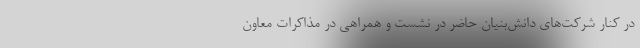
در کنار شرکت‌های دانش‌بنیان حاضر در نشست و همراهی در مذاکرات معاون